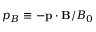
p _ { B } \equiv - \mathbf { p } \cdot \mathbf { B } / B _ { 0 }